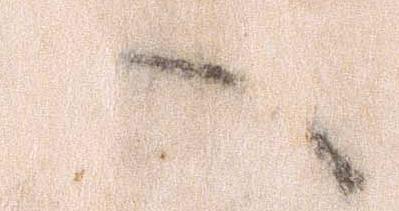
へ